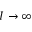
I \to \infty